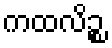
ကထလိဉ္စ